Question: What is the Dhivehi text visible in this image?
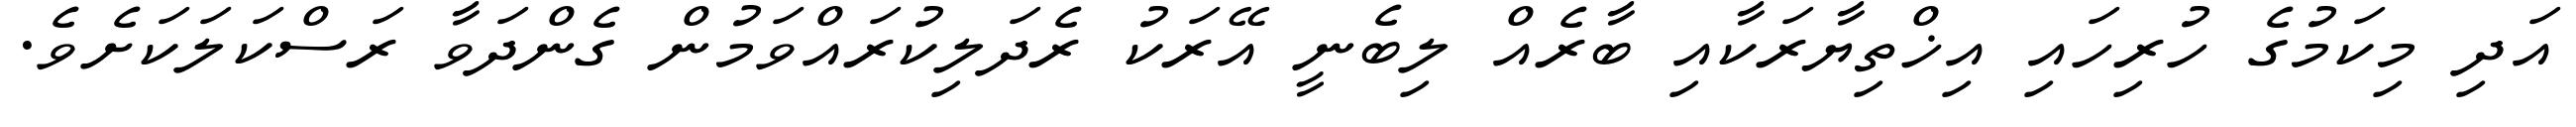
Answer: އަދި މިކަމުގެ ހުރިހައި އިޚްތިޔާރަކާއި ބާރެއް ލިބެނީ އޭރަކު ރެދަލިކުރައްވަމުން ގެންދަވާ ރަސްކަލަކަށެވެ.